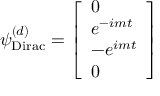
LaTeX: \psi _ { \mathrm { { D i r a c } } } ^ { ( d ) } = { \left[ \begin{array} { l } { 0 } \\ { e ^ { - i m t } } \\ { - e ^ { i m t } } \\ { 0 } \end{array} \right] }